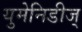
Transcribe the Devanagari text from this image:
युमेनिडीज्‌